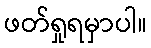
ဖတ်ရှုရမှာပါ။